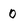
Character: 0